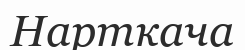
Нарткача